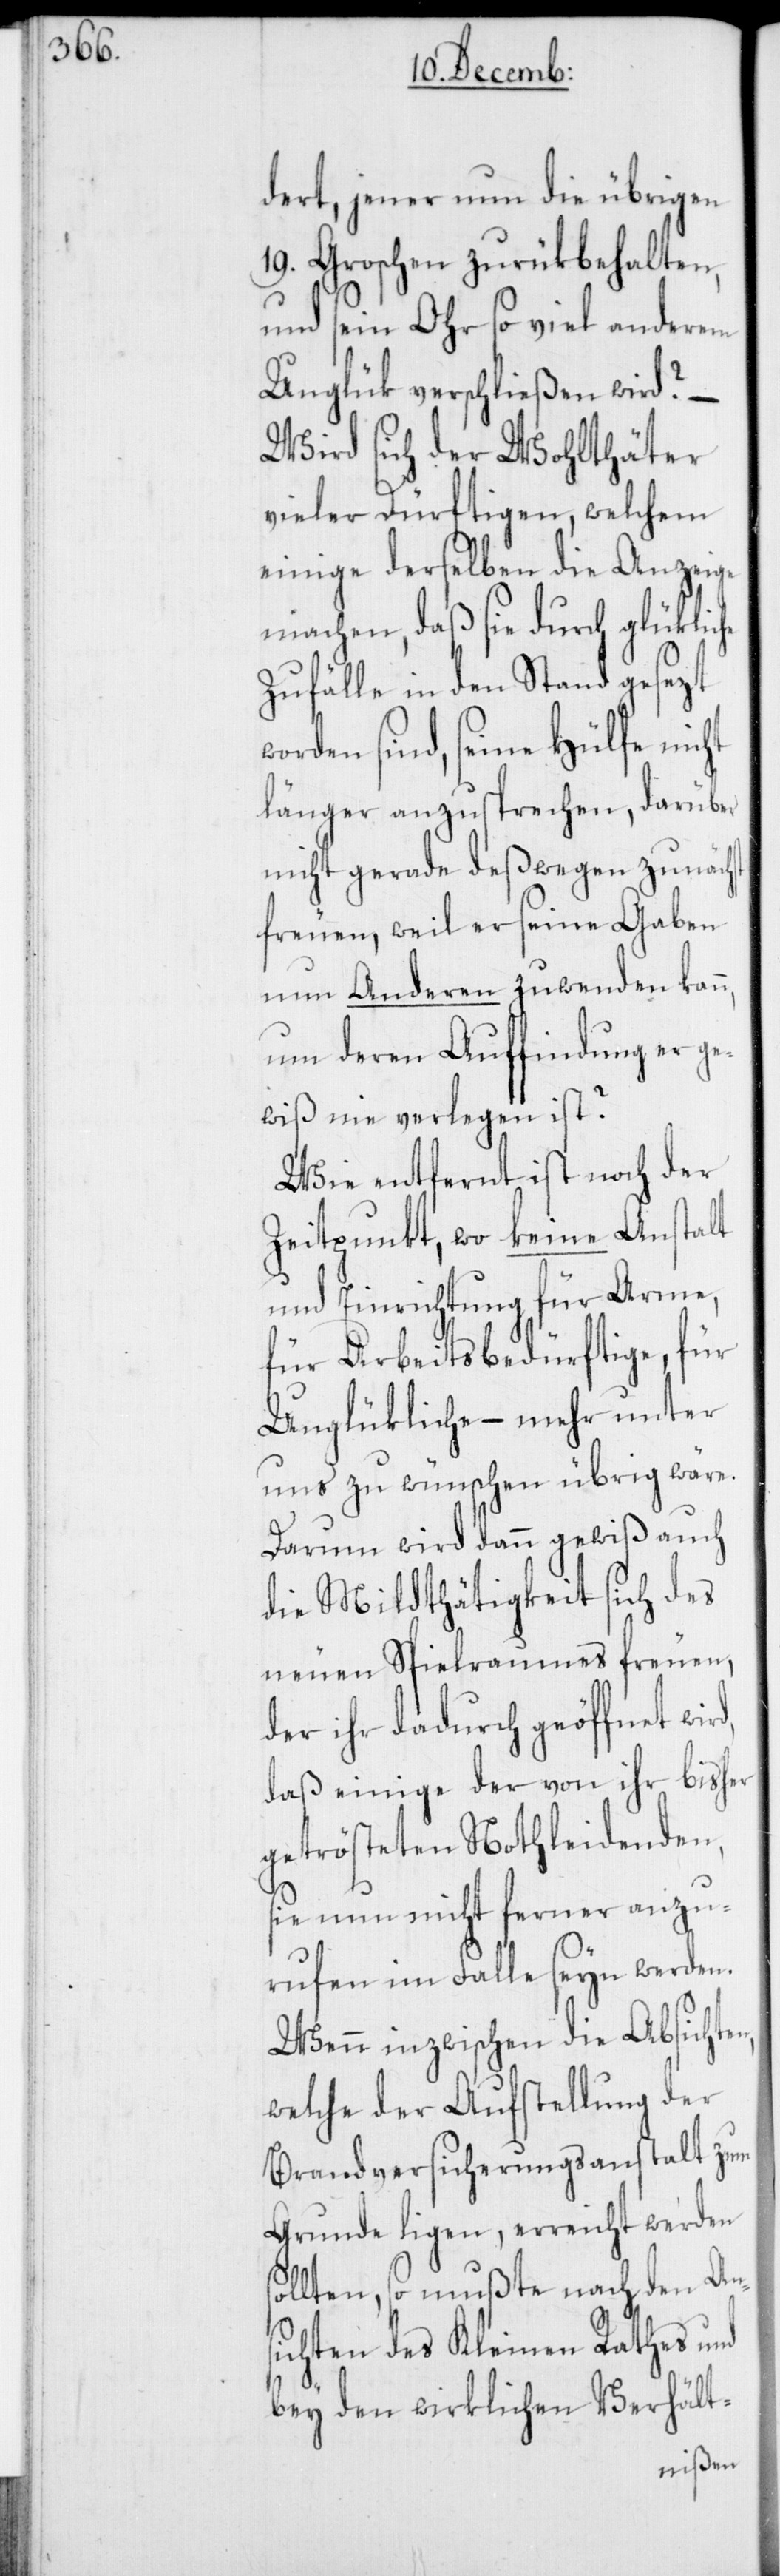
dert, jener nun die übrigen
19. Groschen zurükbehalten,
und sein Ohr so viel anderem
Unglük verschließen wird? –
Wird sich der Wohlthäter
vieler Dürftigen, welchem
einige derselben die Anzeige
machen, daß sie durch glükliche
Zufälle in den Stand gesezt
worden sind, seine Hülfe nicht
länger anzusprechen, darüber
nicht gerade deßwegen zunächst
freuen, weil er seine Gaben
nun Anderen zuwenden kan¬
n, um deren Auffindung er ge¬
wiß nie verlegen ist?
Wie entfernt ist noch der
Zeitpunkt, wo keine Anstalt
und Einrichtung für Arme,
für Arbeitsbedürftige, für
Unglükliche – mehr unter
uns zu wünschen übrig wäre.
Darum wird dann gewiß auch
die Mildthätigkeit sich des
neuen Spielraumes freuen,
der ihr dadurch geöffnet wird,
daß einige der von ihr bisher
getrösteten Nothleidenden,
sie nun nicht ferner anzu¬
rufen im Falle seyn werden.
Wenn inzwischen die Absichten,
welche der Aufstellung der
Brandversicherungsanstalt zum
Grunde ligen, erreicht werden
sollten, so mußte nach den Ans¬
ichten des Kleinen Rathes und
bey den wirklichen Verhält-